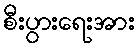
စီးပွားရေးအား